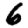
Digit: 6